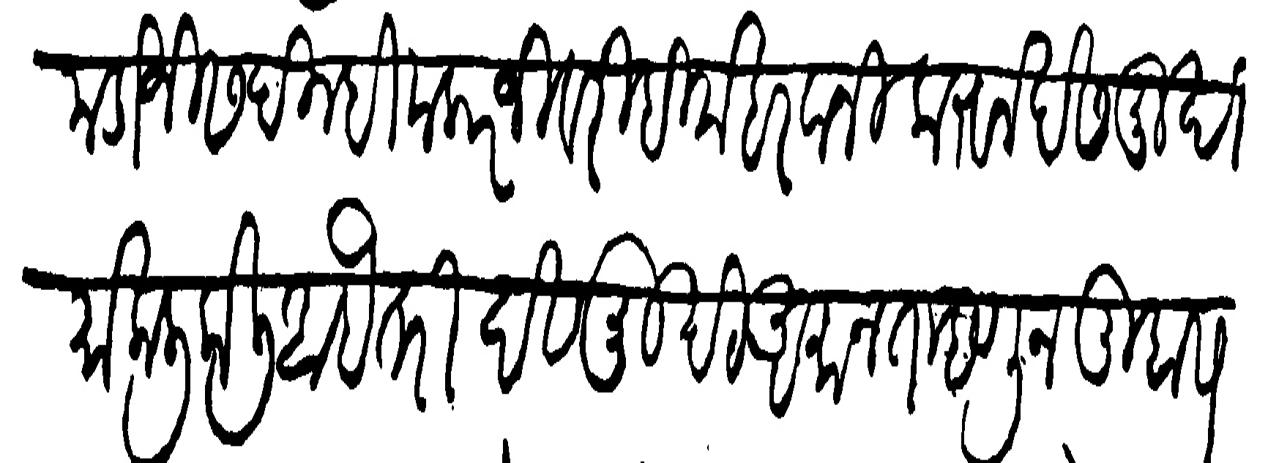
Transliteration (Devanagari): मंडाजीस दिल्ही मलारजीवरही मेहरबानी करुन देसमुखी मोकली केली आहे तरी देसमुखी अमानत म्हणून तुम्हास